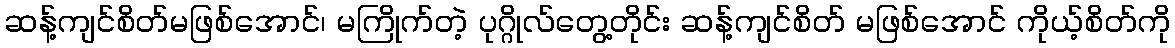
ဆန့်ကျင်စိတ်မဖြစ်အောင်၊ မကြိုက်တဲ့ ပုဂ္ဂိုလ်တွေ့တိုင်း ဆန့်ကျင်စိတ် မဖြစ်အောင် ကိုယ့်စိတ်ကို